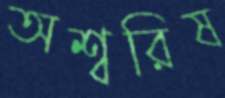
অশ্বরিষ